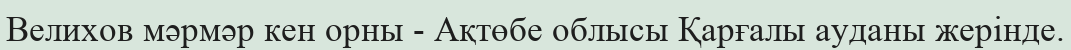
Велихов мәрмәр кен орны - Ақтөбе облысы Қарғалы ауданы жерінде.